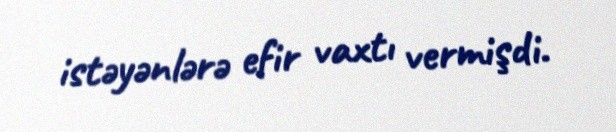
istəyənlərə efir vaxtı vermişdi.